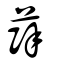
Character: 薛